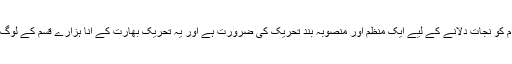
اس عذاب سے عوام کو نجات دلانے کے لیے ایک منظم اور منصوبہ بند تحریک کی ضرورت ہے اور یہ تحریک بھارت کے انا ہزارے قسم کے لوگ ہی چلاسکتے ہیں۔